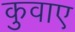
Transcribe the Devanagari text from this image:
कुवाए